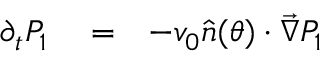
\begin{array} { r l r } { \partial _ { t } P _ { 1 } } & { { } = } & { - v _ { 0 } \hat { n } ( \theta ) \cdot \vec { \nabla } P _ { 1 } } \end{array}